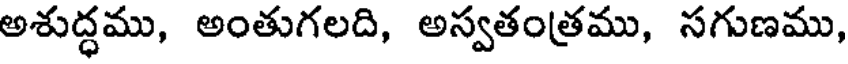
అశుద్ధము, అంతుగలది, అస్వతంత్రము, సగుణము,